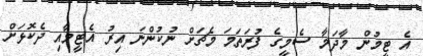
އެ ޓީމުން މާދަމާ ސެމީގެ ފުރަތަމަ މެޗަށް ނުކުންނަ އިރު އެޓީމާއި ދެކޮޅަށް